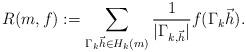
LaTeX: \begin{align*}R(m,f):=\sum_{\Gamma_k \vec{h}\in H_k(m)} \frac{1}{|\Gamma_{k,\vec{h}}|} f(\Gamma_k \vec{h}).\end{align*}